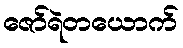
ဇော်ရဲတယောက်